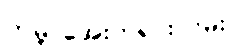
ကမ္ဘာအေးဘုရားလမ်း